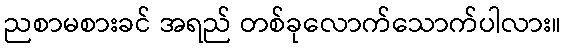
ညစာမစားခင် အရည် တစ်ခုလောက်သောက်ပါလား။